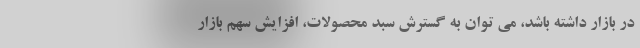
در بازار داشته باشد، می توان به گسترش سبد محصولات، افزایش سهم بازار